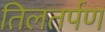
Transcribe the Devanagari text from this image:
तिलतर्पण